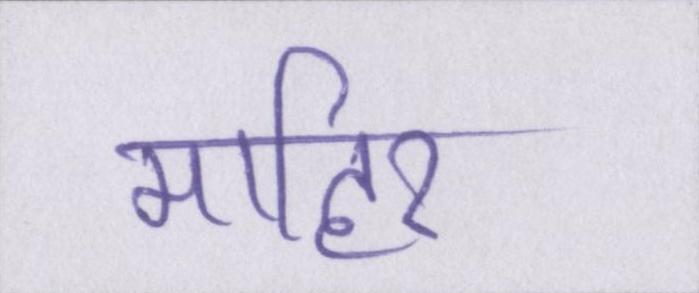
माहिर